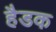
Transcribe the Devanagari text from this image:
हैडक